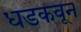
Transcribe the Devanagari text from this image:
धडकवून